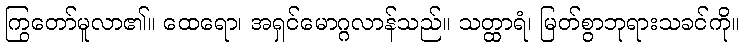
ကြွတော်မူလာ၏။ ထေရော၊ အရှင်မောဂ္ဂလာန်သည်။ သတ္ထာရံ၊ မြတ်စွာဘုရားသခင်ကို။